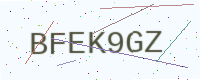
Text: BFEK9GZ